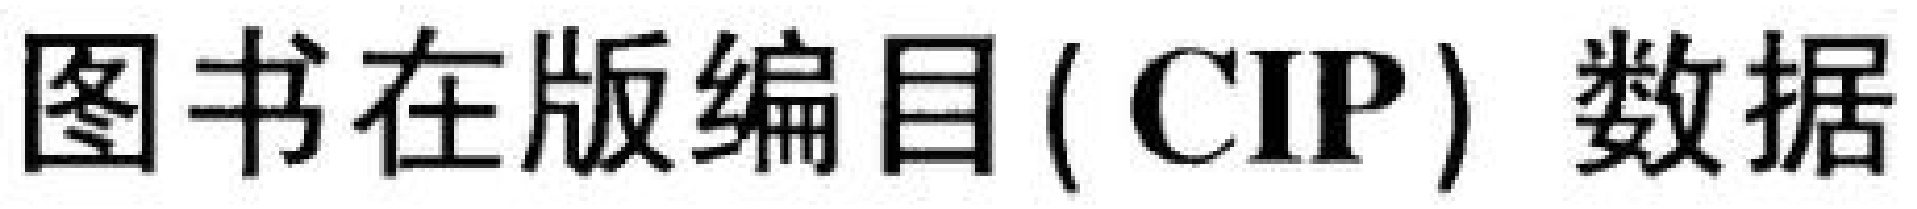
图书在版编目 ( CIP ) 数据